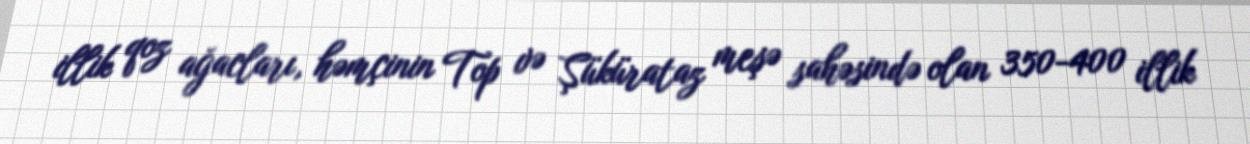
illik qoz ağacları, həmçinin Top və Şükürataz meşə sahəsində olan 350-400 illik